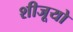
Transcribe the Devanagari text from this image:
शीजूयो